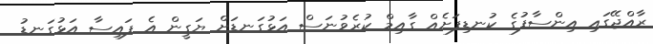
ރާއްޖޭގައި އިންސާފުގެ ކުނޑިފަށެއް ގާއިމް ކުރެވުނަސް އަޅުގަނޑަށް ޔަގީން އެ ފައިސާ އަޅުގަނޑު